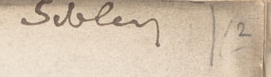
selalen 1/2